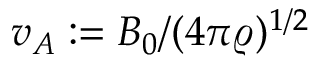
v _ { A } : = B _ { 0 } / ( 4 \pi \varrho ) ^ { 1 / 2 }